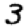
Digit: 3